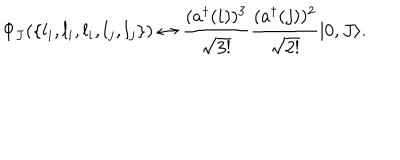
\Phi _ { J } ( \{ l _ { i } , l _ { i } , l _ { i } , l _ { j } , l _ { j } \} ) \leftrightarrow { \frac { ( a ^ { \dagger } ( i ) ) ^ { 3 } } { \sqrt { 3 ! } } } { \frac { ( a ^ { \dagger } ( j ) ) ^ { 2 } } { \sqrt { 2 ! } } } | 0 , J \rangle .